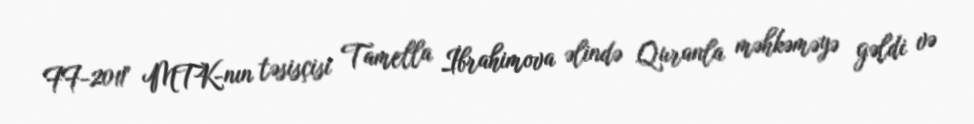
FF-2011" MTK-nın təsisçisi Tamella İbrahimova əlində Quranla məhkəməyə gəldi və